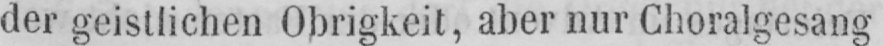
der geistlichen Obrigkeit, aber nur Choralgesang